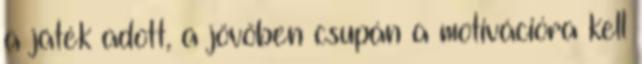
a játék adott, a jövőben csupán a motivációra kell